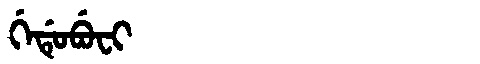
Manchu: ᡤᡝᡩᡠᠪᡠᠸᡳ
Romanization: GEDUBUFI